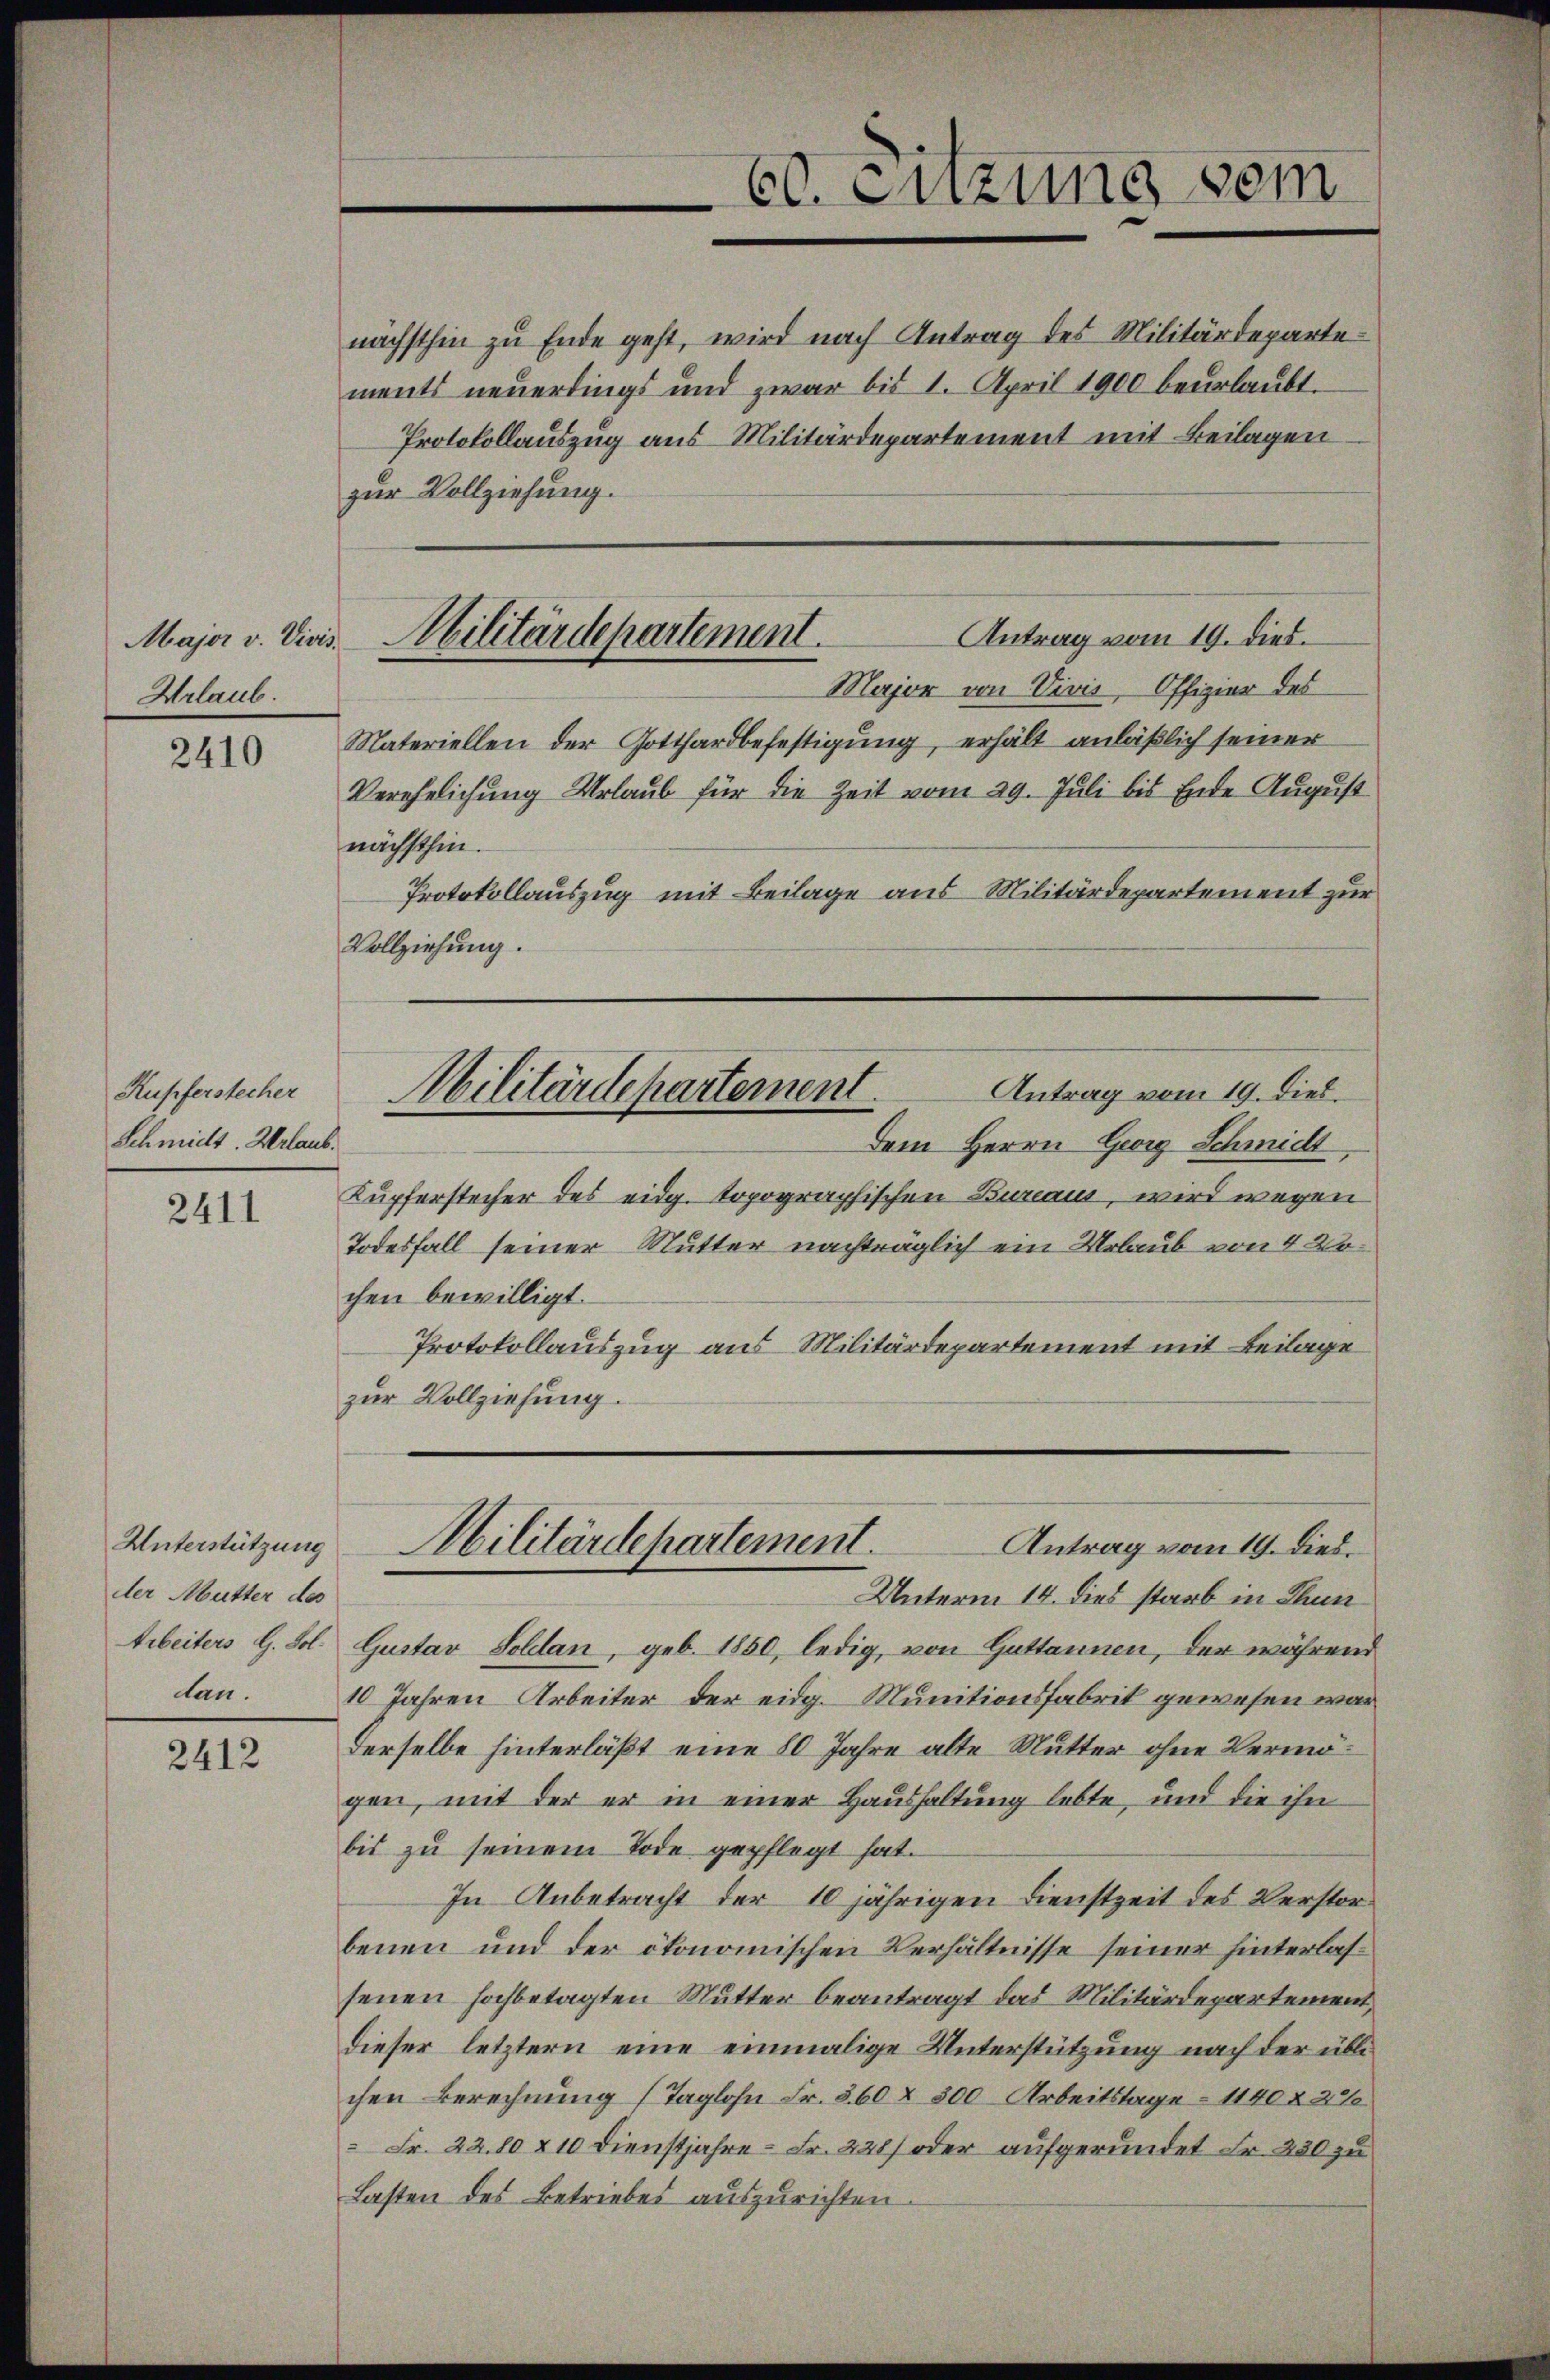
Urlaub.

2410

Kupferstecher
Schmidt. Herlaub.

2411

nächsthin zu Ende geht, wird nach Antrag des Militärdeparte
ments neuerdings und zwar bis 1. April 1900 beurlaubt.
Protokollauszug aus Militärdepartement mit Beilagen
zur Vollziehung.
Materiellen der Gotthardbefestigung, erhält anläßlich seiner
Verehelichung Urlaub für die Zeit vom 29. Juli bis Ende August
nächsthin.
Protokollauszug mit Beilage aus Militärdepartement zur
Vollziehung.
Antrag vom 19. Dieb.
Militärdepartement.
Dem Herrn Georg Schmidt
Kupferstecher des eidg. topographischen Bureaus, wird wegen
Todesfall seiner Mutter nachträglich ein Urlaub von 4 20
chen bewilligt.
Protokollauszug aus Militärdepartement mit Beilage
zur Vollziehung.

der Mutter des
dan.

2412

60. Enzung vom

Antrag vom 19. dies.
Major v. Vicis. Militärdepartement.
Major von Vivis, Offizier des

Unterstützung Militärdepartement.
Antrag vom 19. Died.
Unterm 14. dies starb in Thun

Arbeiters G. Sol. Gustav Soldan, geb. 1850, ledig, von Guttannen, der während
10 Jahren Arbeiter der eidg. Munitionsfabrik gewesen war
Derselbe hinterläßt eine 20 Jahre alte Mutter ohne Vermögen, mit der er in einer Haushaltung lebte, und die ihn
bis zu seinem Tode gepflegt hat.
In Anbetracht der 10 jährigen Dienstzeit des Verstorbenen und der ökonomischen Verhältnisse seiner hinterlassenen hochbetagten Mutter beantragt das Militärdepartement,
dieser letztern eine einmalige Unterstützung nach der üblichen Berechnung (Taglohn Fr. 560 x 300 Arbeitstage 1140 § 27
 Fr. 22. 80 & 10 Dienstjahre - Fr. 228) oder aufgeründet Fr. 230 zu
Lasten des Betriebes auszurichten.